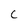
Character: C